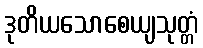
ဒုတိယသောစေယျသုတ္တံ